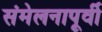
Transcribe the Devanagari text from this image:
संमेलनापूर्वी